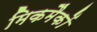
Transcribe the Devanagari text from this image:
मिकमैकों